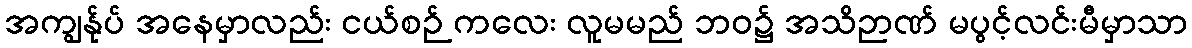
အကျွန်ုပ် အနေမှာလည်း ငယ်စဉ် ကလေး လူမမည် ဘဝ၌ အသိဉာဏ် မပွင့်လင်းမီမှာသာ